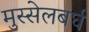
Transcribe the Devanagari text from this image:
मुस्सेलबर्घ